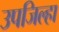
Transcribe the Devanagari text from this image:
उपजिल्हा